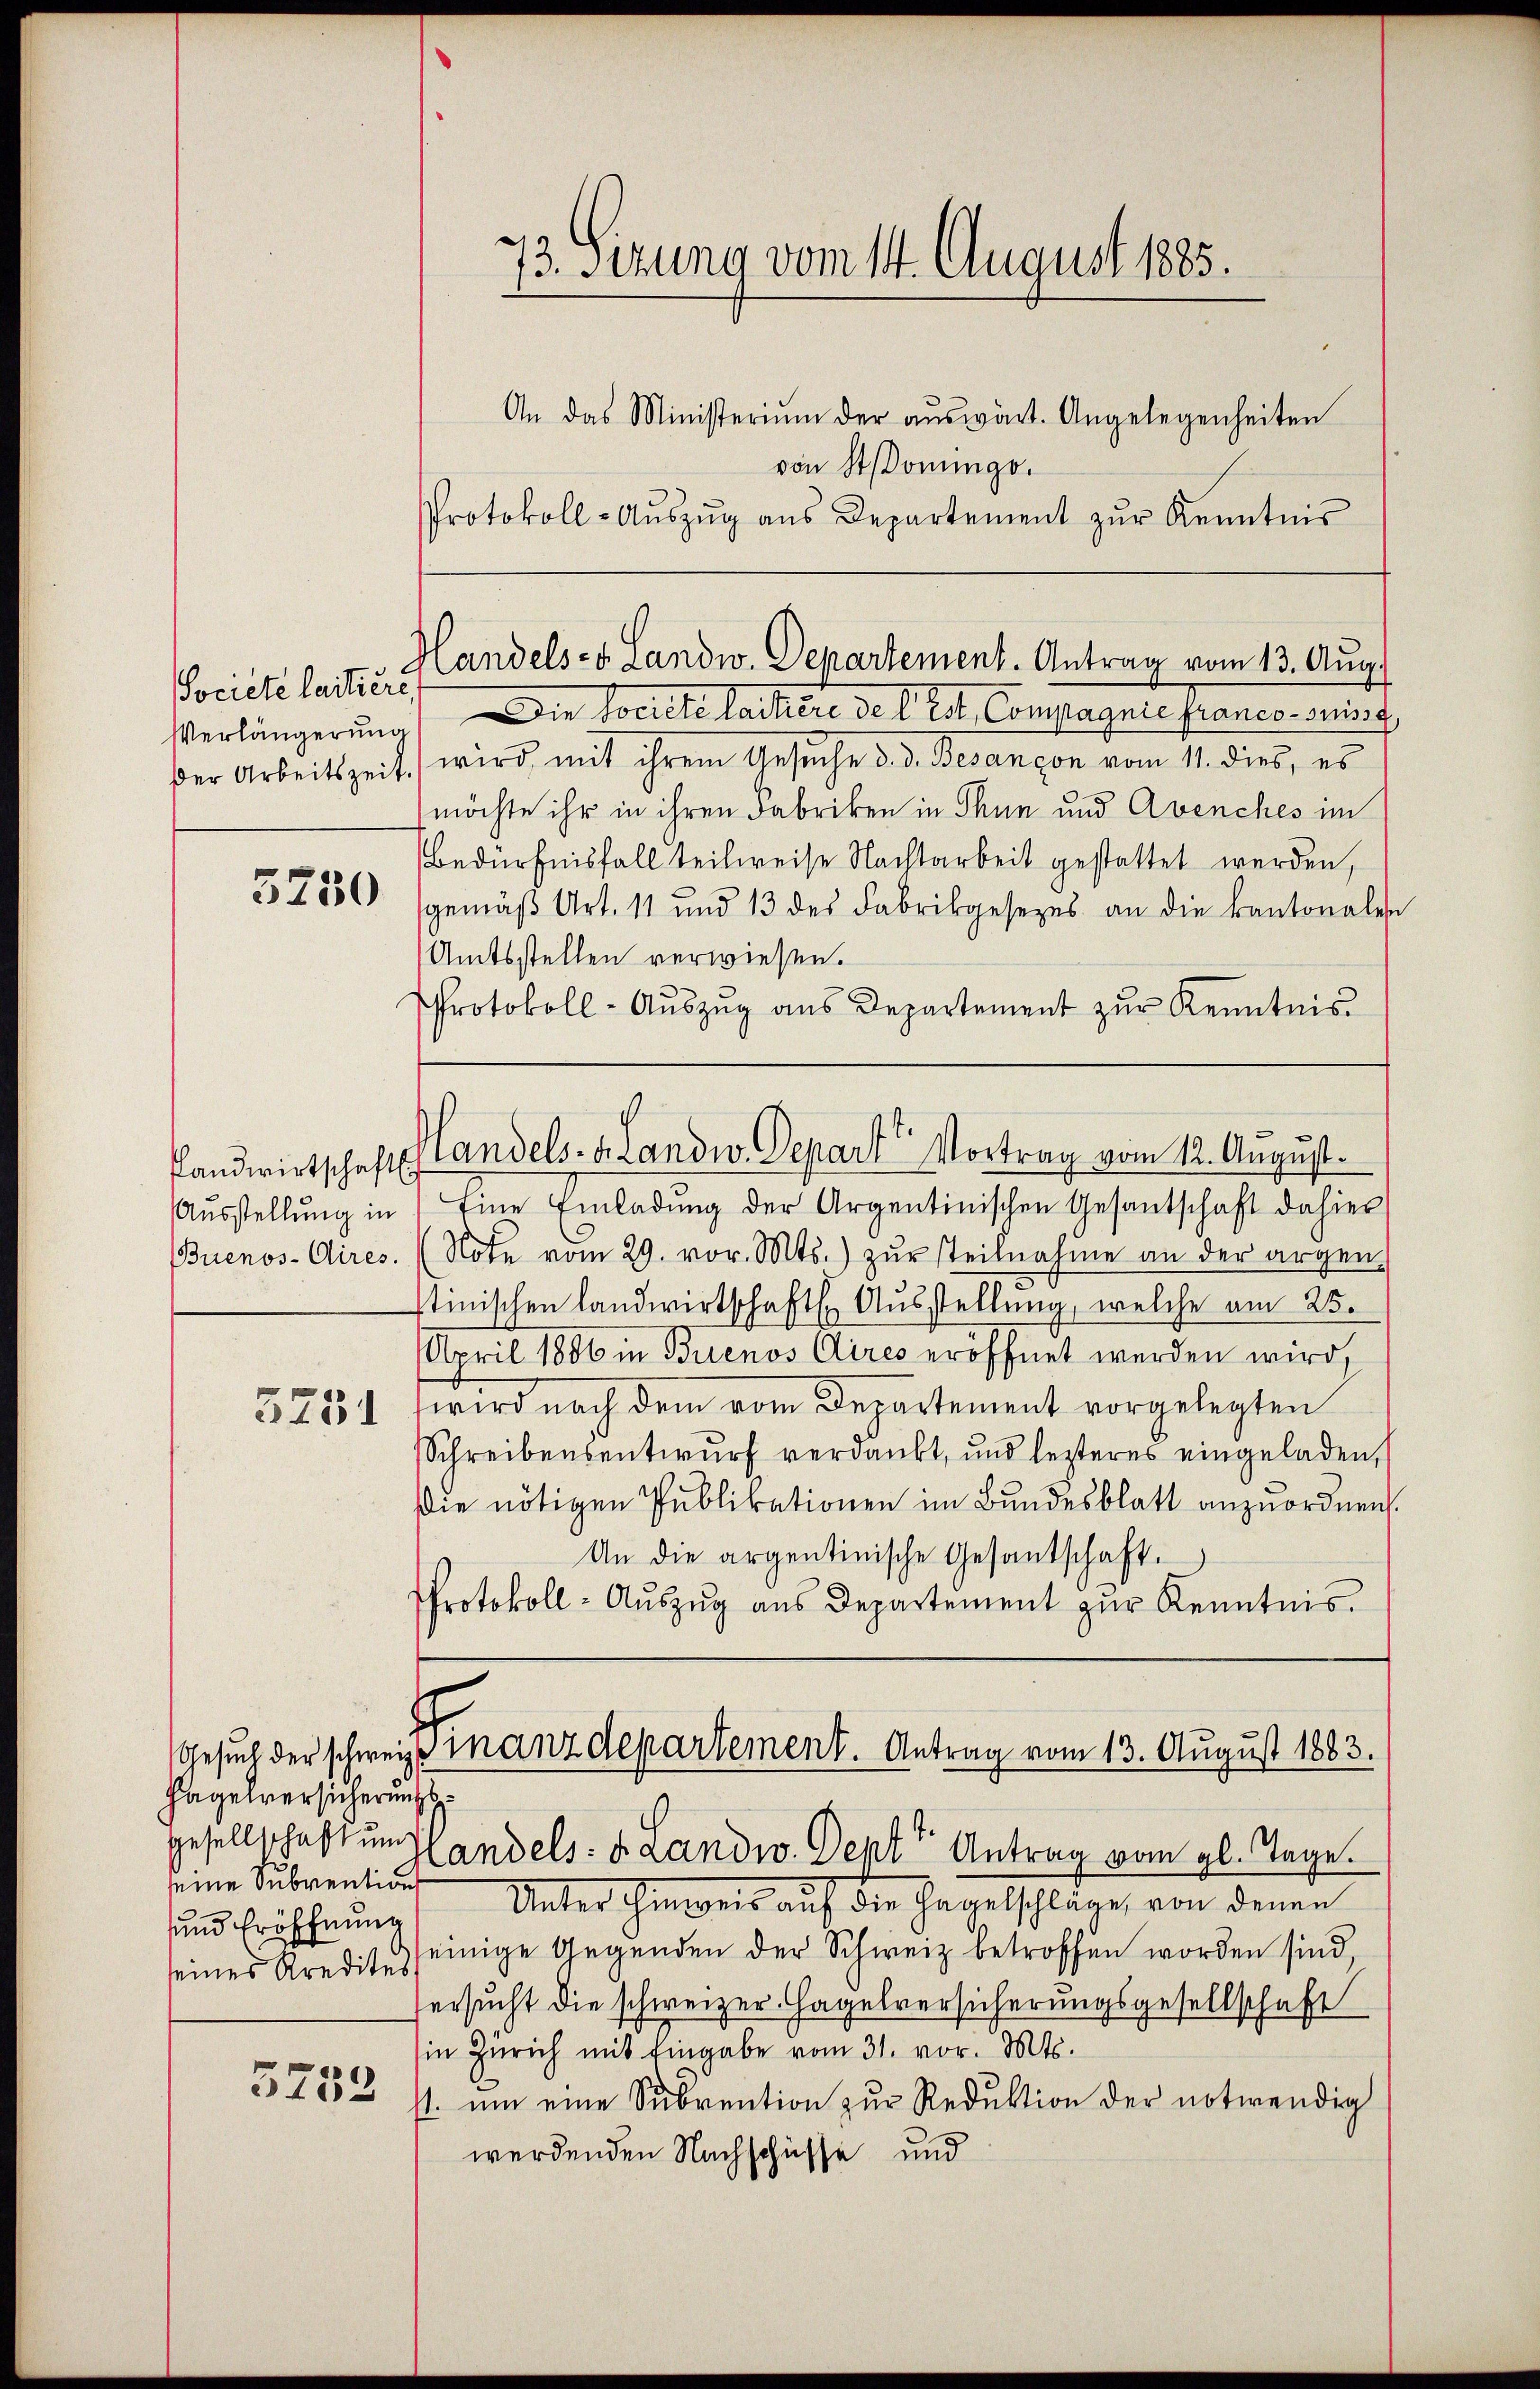
Societe laitiere

3230

3251

Hagelversicherung
seine Subventions
sund Eröffnung
seines Kredites
g
3452

von Stonung.
Protokoll-Aŭszŭg ans Departement zŭr Kenntnis

73. Sezung vom 14. August 1885.
An das Ministerium der aŭswärt. Angelegenheiten

Verlängerung) Die Societe lachere de l. Est Compagnie franco- Beist
der Arbeitszeit) wird mit ihrem Gesuche d. d. Besançon vom 11. dies, es
möchte ihr in ihren Fabriken in Thun und Avenches im
Bedürfnisfall teilweise Nachtarbeit gestattet werden,
gemäβ Art. 11 und 13 des Fabrikgesezes an die Kantonalen
Amtsstellen verwiesen.
Protokoll-Aŭszŭg aŭs Departement zŭr Kenntnis

Handels- Landw. Departement. Antrag vom 13. Aug.

Aŭsstellŭng in Eine Einladŭng der Argentinischen Gesantschaft dahier
Buenos-Aires. (Note vom 29. vor. Mts. zŭr steilnahme an der argen-
stinischen Landwirtschaftl. Ausstellung, welche am 25.
April 1886 in Buenos Aires eröffnet werden wird,
wird nach dem vom Departement vorgelegten
Schreibensentwurf verdankt, und lezteres eingeladen,
Die nötigen Publikationen im Bundesblatt anzuordnen.
An die argentinische Gesantschaft.
Protokoll- Aŭszŭg aŭs Departement zŭr Kenntnis.

¬
fandwirtschaft Handels- u. Landw. Depart Vortrag vom 12. August.

Gesuch der schweizer inanzdepartement. Antrag vom 13. August 1883.

Gesellschaftung andels- & Landw. Dept" Antrag vom gl. Tage.
Unter Hinweis auf die Hagelschläge, von denen
einige Gegenden der Schweiz betroffen worden sind,
Versucht die schweizer Hagelversicherungsgesellschaft
in Zürich mit Eingabe vom 31. vor. Mts.
st. um eine Subvention zur Reduktion der notwendig
werdenden Nachschüsse und